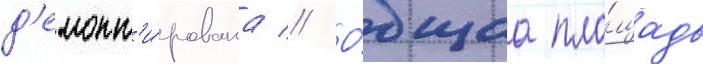
д'емонт'и́рована // О́бщаа пло́щадь